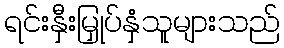
ရင်းနှီးမြှုပ်နှံသူများသည်